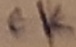
Text: CK